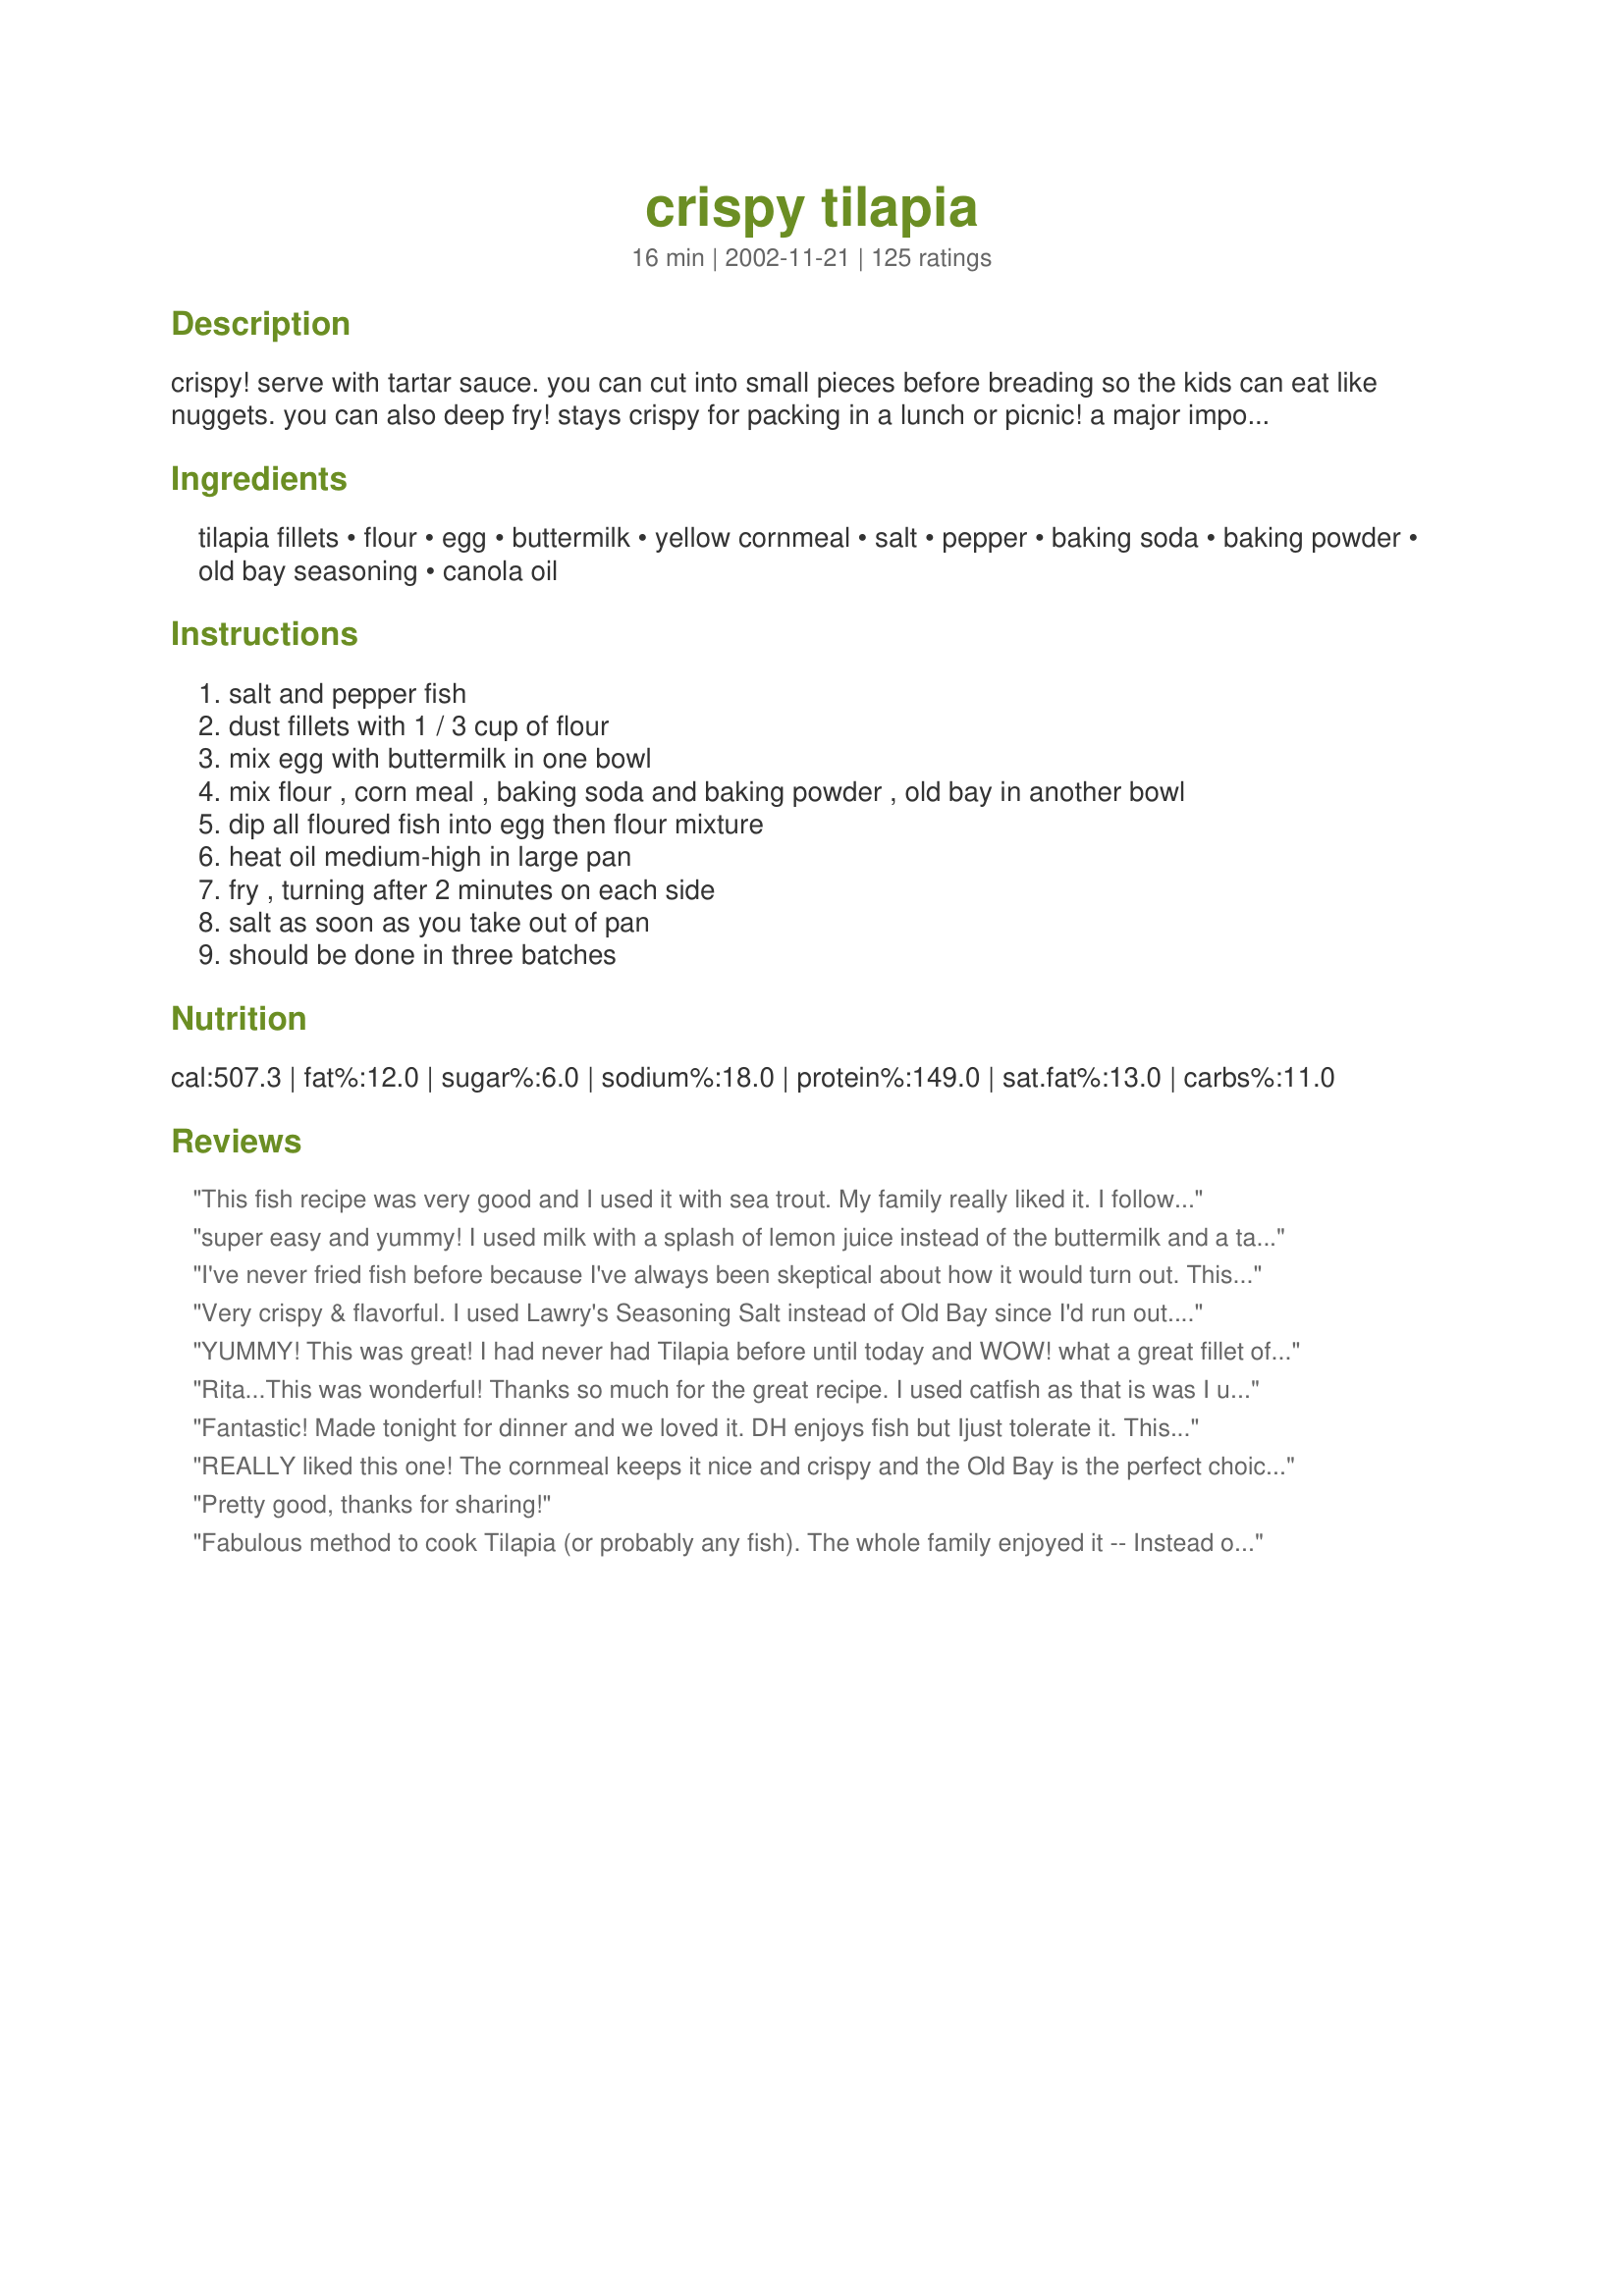
crispy tilapia
Preparation time: 16 minutes

crispy! serve with tartar sauce. you can cut into small pieces before breading so the kids can eat like nuggets. you can also deep fry! stays crispy for packing in a lunch or picnic!
a major importance in artisanal fishing in africa and the levant, and are of increasing importance in aquaculture around the world.

Ingredients:
tilapia fillets, flour, egg, buttermilk, yellow cornmeal, salt, pepper, baking soda, baking powder, old bay seasoning, canola oil

Steps:
salt and pepper fish, dust fillets with 1 / 3 cup of flour, mix egg with buttermilk in one bowl, mix flour , corn meal , baking soda and baking powder , old bay in another bowl, dip all floured fish into egg then flour mixture, heat oil medium-high in large pan, fry , turning after 2 minutes on each side, salt as soon as you take out of pan, should be done in three batches

Reviews:
This fish recipe was very good and I used it with sea trout. My family really liked it. I followed the directions except I forgot to salt the fish at the end. I will definitely be using this recipe again. Thanks, Rita L!
super easy and yummy! I used milk with a splash of lemon juice instead of the buttermilk and a table blend spice for fish instead of the Old Bay.
I've never fried fish before because I've always been skeptical about how it would turn out. This is a delicious recipe, and is easy to prepare after a long day of work. I didn't have buttermilk, so I added 1+1/2 teaspoons of lemon juice (can also use white vinegar) to 1/2 cup of milk. I let it sit for 5-10 minutes and then whisked in the egg. I also substituted vegetable oil for the canola. I was worried the fish didn't cook enough but once the outside was golden, the fish was perfectly flaky inside. My DH commented 3 times throughout the meal, how good it was...thanks for making me look like a good cook!
Very crispy & flavorful. I used Lawry's Seasoning Salt instead of Old Bay since I'd run out. Hubby enjoyed & I used leftover pieces for fish tacos. Nice not to have to deep-fry!! Will use again.
YUMMY! This was great! I had never had Tilapia before until today and WOW! what a great fillet of fish. My DH had never heard of the fish before but I had seen it in the store and never thought about buying it until I seen this recipe. I am so happy! I love seafood and this will be in my favorites from now on. Thanks so much for sharing your recipe with us here at Zaar.
Rita...This was wonderful! Thanks so much for the great recipe. I used catfish as that is was I usually use when I am frying fish and it turned out great. I made no changes to your recipe since it was perfect as is. I thank you and my husband thanks you. :-)
Hugs, Susie
Fantastic! Made tonight for dinner and we loved it. DH enjoys fish but Ijust tolerate it. This recipe, however, produced both a texture and flavor that I loved. I'd cooked 4 filets and DH asked, after eating his 2, if there were a couple more. Served with home made tartar sauce and a creamy noodle mix. We're planning a repeat of this already. Thanks Rita.
REALLY liked this one! The cornmeal keeps it nice and crispy and the Old Bay is the perfect choice for seasoning. Will make this one again and again. Thanks!
Pretty good, thanks for sharing!
Fabulous method to cook Tilapia (or probably any fish). The whole family enjoyed it -- Instead of tartar sauce, my husband squeezed a lemon wedge over his portion and just loved it! We will be making this again, definitely!
I absolutely love this recipe. I have made it many times and we enjoy it everytime.
The crust is wonderful. Can&#039;t wait to use it on Catfish! Thanks so much!
This was excellent. It's hard to beat a recipe that is so easy and quick to make. I had my oil just a little too hot so the cornmeal browned a bit too much but even at that, this was delicious. Thanks!
I've made this a couple of times and got rave reviews from the family! We love it and it's so easy!
Lovely fish! I'm not a big fan of corn meal, but this was really fantastic. I made the buttermilk from Buttermilk in a Pinch (#111833) and served this fish with Moroccan Herb Sauce (#97103), Indonesian Spiced Rice (#14639) and easy moroccan carrots (#71033). This went very well with the sauce...an explosion of flavor! Thank you, Rita!
What a delicious fish recipe. I loved the spices in the coating and the crunch of the cornmeal. I never pan fry fish, always bake, because too often the coating falls off. I had no problem with the coating falling off the fish with this recipe and loved the pan fried flavor! I used less salt, just a little (about 2 tsp) olive oil on the pan and used Old Bay Seasoning recipe #15562.
We really love this tilapia recipe! Yummy crispy fish! Easy to make, easy to ENJOY! Thanks for sharing!
This was wonderful. I used talapia nad cod fillets. Turned out crispy and tastey. Will be making again
Really nice combination of flavors. I left out the flour dusting but left everything else the same. Cooked up really nice and tasty. Real crisp on the outside and moist and flaky on the inside, just like we like it. Thanks for another great one Rita.
This was exactly what I was looking for! I had all the ingredients in the house with the exception of the buttermilk, which I substituted for evaporated milk. It was incredibly easy and super tasty. One I will use again and again! Thank you for sharing this recipe! LA :-)
This is great! I love the flavor. I expected it to be spicy with the Old Bay but it just had a nice flavor to it. I'll be sure to make this again. Thanks!
My whole family loved this fish! I used cod, and discovered at the last minute I was out of Old Bay! I added extra salt and a little ground mustard and celery salt and there were no complaints. Husband said it was great how it was and didn&#039;t need the Old Bay. Will definitely repeat this recipe, and I am looking forward to trying it with Old Bay the next time!
They had Tilapia on sale at the store so I gave this recipe a try as I love fish. Very easy to prepare, and came out very nicec crispy and delicious. Thank you and I apologize for the late coming review as this was prepared months ago. ;(
Very yummy. This fish was moist and juicy and I plan to use your advice and make a fish sandwich out of the leftovers for lunch today. :-) Thanks Rita!
Absolutely wonderful! My son would not stop raving about this fish. The coating was cruchy and the fish was moist. My parents came over the next day after I made this fish and it was still crispy. My mother said it was like something from a restaurant. Thank you so much for posting.
I loved the concept. I omitted the buttermilk and used Japanese panko (bread crumbs) instead because I wanted a lighter texture to the crust. I also sauteed the fish in olive oil and a tablespoon of butter instead. Seasoning the flour and then dipping the fillets in egg and the breadcrumbs sealed in the flavors. The way I did this before using just seasoned flour left most of the seasoning in the oil. Thanks for the recipe
Dasme, you`re problem was that you didn`t cook it at the right temp! If you did you`d see the crispyness that you were looking for! And I did post for correction to have the baking soda and baking powder to be added along with the flour at step #4.
This is almost exactly the way I make Tilapia and it always turns out awesome! Thanks for sharing it!
This was easy to make and delicious! I love things fried and and love fish, so it was a no-brainer that I would like it. My wife does not like fish. But she had seconds of this and some leftovers the following day! My 3 sons (8, 6, & 2 years old) loved it as well. Thanks for the great recipie!
I made this tonight and it was fabulous! DH said if I didn't post a comment, HE would! Didn't have Old Bay, so I used a tablespoon of Tony Chachere's seasoning. Terrific!
Yum!! My family loved it. I can attest to the fact that it is still good when reheated, I just had some for lunch. I didn't have any buttermilk, so I used the ol milk and lemon juice trick, still turned out great.
This was great! I served with homemade tartar sauce, mac and cheese, green beans, tomatoes and lemonade for a great summer supper. Even my 3 boys (ages 4, 2, and almost 1) gobbled this up! I wish I had made extra! The breading was very crisp and tasty, and it definitely needed that dash of salt at the end (I ommited the Old Bay seasoning since I didn't have any on hand and used a little garlic and onion powder instead), but this was perfect otherwise. Thanks so much fr posting- this is going into the keeper pile!
I am a good cook but cannot cook fish for my life! This was an excellent, easy recipe and my family loved it.
Rita, my family loved this and have requested that it be made again. My DH was sour on fish and all we have right now (low on groceries) is tilapia. I picked this to make (actually my DH made it) and it was a hit! Definitely a keeper (as said by my DH!) :) Great way to use my Old Bay. Thanks! UPDATE: We made this gf/cf by using Sorghum and coconut milk (for buttermilk). Also fried the cod in coconut oil about 1 minute longer each side.
I tried this at home with about two pounds of fish. With a wife, and two teen boys, let me say I was lucky to have a piece for myself. The only thing I did different was that I used Kentucky Kernel seasoned flour. A winner!
Really great. We don't usually put a batter on fish but I was looking for something to try out my homemade buttermilk on. I used salmon and it was so good. It would be a great way to make your own fish sticks too! Thanks for posting!
These were very crispy Rita! We all loved this fish...thanks for posting!
This was truley OUTSTANDING!!! I made this two days in row. We had leftovers for dinner but I ate them for lunch the next day and then made another batch for dinner. Thank you for a basic recipe for all fish YUMMO.
WOW... this got my entire family (including the picky 4 year old) to devour fish! It's so easy to make and really delicious. We plan to make this over and over again!
This is by far the best fish recipe I have tried from Zaar so far. The fish was crispy on the outside, but tender on the inside, and the spice mixture was perfect. I wish I could rate it higher! Even my DH who detests seafood tried it and declared it awesome. Thank you so much for sharing it.
I made this recipe following your ingredient list with only one change. I didn't have any Old Bay Seasoning so I used Tony Chachere's Cajun Seasoning instead. I was amazed at how crispy and delicious this breading was by pan frying. Great recipe and great tasting fish. Thank you Rita!
I followed this recipe exactally. It was just the ticket for a Friday night. 
Easy to do and the whole family loved it. Thank you!
Very good and easy too. Used Recipe #297404 instead of the Old Bay. Totally forgot the baking soda/powder and only used an egg no buttermilk, sauteed in olive oil and it turned out perfect and crunchy.
i have made this recipe at least 3 times now,and it just gets better and better each time.when i made it this last time i "double coated"the fish and i liked it even better. thanks again for posting.
Perfect as is, I changed the Old Bay seasoning to a creole one and it was great. Super quick and easy to make. 2 minutes was perfect cooking time. I did not add the extra salt, I love salt but after reading other reviews I decided to skip the extra salt.
I thought this was very good. Followed directions except used milk w/ lemon instead of buttermilk. Fish was crispy and flavor was excellent. Will make again! Thanks for posting the recipe.
We tried this &amp; it&#039;s a WINNER in this family, tried it with Cole Slaw yummmmy
Id give it 10/10!!! This was awesome, much better than the store bought mixes. I didnt have any butter milk, so I used 1/2 TBS lemon juice to 1/2 cup reg. milk. I browned it in the fry pan and finished it off in the oven at 450 deg. Served with tarter sauce, the kids loved it

kw
This made some very crispy and tender fish! In lieu of Old Bay, I used about 1 T. of the seasoning mix called for in recipe #99709 Baked Tilapia with lots of spice (the seasoning is the first ingredient through Italian Seasoning). Thanks for sharing!

http://www.recipezaar.com/Baked-Tilapia-With-Lots-of-Spice-99709
Made this recipe the other night and it was very good. Crispy on the outside and seasoned well. This recipe is a keeper. Thanks for sharing it.
We're from the South, so we know our fried fish, but I'd never made it from scratch before. I actually used catfish, because that's what I had available, and it was really really really good - crispy outside and juicy and flavorful inside. Thanks so much, Rita!
This was really good. I enjoyed how crispy the outside became and I didn't have to deep fry. I ended up using bread crumbs instead of cornmeal--mine ended up needing to be thrown out. It was fast and very good. Thanks for a really great fish recipe!
I used this recipe but on catfish as that was what I had on hand. I loved it! I did have to be careful of the temp of my oil because it wanted to burn but it turned out crispy and flavorful as I had hoped. Also, I didn't have Old Bay so I used Cajun seasoning, which I prefer anyway. Did not add any extra salt at the end either...didn't need it. A squeeze of lemon and this was perfecto!
I made this recipe as written. It waw a very crispy and flavorful fish. Pretty easy to make. 

Thanks Rita L. 

Bullwinkle.
I have a number of tilapia recipes, and this one is my new favorite! The title is perfect as the crust is very crispy and crunchy. My husband and I thought it was delicious (and it takes alot for me to rate something as delicious). I will definitely be making this again, but with one small change: I won't salt after the fish comes out of the pan since it came out a tad too salty for us. Thanks for the great recipe, Rita L.
What a great recipevery crispy; will be making this one again! thank you for sharing;I could cook all the time just using your recipes! thanks again,
Rita
excellent! I used more oil than the recipe, in a cast iron pan. 3 minutes per side. The Old Bay is the secret!
This was my first attempt at Tilapia and this was very tasty. I used non-fat yogurt instead of buttermilk and omitted the salt. I had a hard time keeping the coating on the fish. I may try baking it the next time.
Crispy without deep frying! Love that! Great flavor and simple, easy, fast recipe! Great for weeknights. I added a little Tabasco to the buttermilk- a little trick I learned long ago. Doesnt make it HOT just adds a nice touch. 

This was FANTASTIC! Thanks Rita!
Very crispy & tasty. My whole family loved it! I divided the recipe & used only 1 lb of tilapia to serve 2 adults & 2 children.
I baked these instead of frying it. I liked it but my 1 and 4 year olds won't eat it.
I loved this! The crust was really crispy and flavorful. My 2 1/2 year old son gobbled it up too! Great recipe!!
Loved it. Since DH and I live in rural and I mean rural Missouri the selection of fish is limited. However, Tilapia and catfish is usually available, even fresh and I'm always looking for a different and easy ways to prepare them. Your recipe filled the bill. The only change I made was to use peanut oil for the frying due to the fact I was out of Canola oil. Thanks for sharing will make again.
I have no idea what tilapia translates to in my native language, so I just bought what I presume are sole fillets. Since my kids do not like cornmeal, I used panko. They RAVED about your fish. Absolutely loved it. My only regret now is that I only bought 1 tiny bottle of old bay seasoning while I was abroad. ( we don't have them here). Thank you so much for this recipe.
Crispy is right! I loved the use of Old Bay and found this recipe really use to make. I use cod instead of tilapia, but it was still really good. I will make this again soon!
This was wonderful. My picky kids, would normally won't TOUCH fish, loved it (especially my 3 year old!). That automatically makes it a keeper. I pan-fried the fish, wish was much easier and faster than using our deep fat frier. The batter was perfect, the methods were easy and it was all from things I already had in my pantry. YUM. I'm going to try it next week with some fresh crappie that my dad caught recently, and looking forward to it. Thanks so much for posting!
This was my first attempt at cooking a fish besides salmon from scratch. It turned out SO good!!! We loved it. The fish was moist, tender and very flavorful. The coating worked very well. I had no trouble getting it to stick. My store didn't sell Old Bay so I bought Chesapeake Bay Seasoning instead. Since I wasn't sure how it would compare, I cut the amount in half. I will be making this dish again as it is a 10 star recipe! Thanks Rita!!
This is by far the best fish recipe I have made yet! DH and I are not huge fish fans, but I try to make it every once in awhile because it is healthier. This is our favorite fish recipe now -- thanks for sharing!
In an attempt to remove fried food from my diet I tried this. VERY GOOD! Everyone loved it and we will be making it again, Thanks.
Easy, quick, family loved it!
Another 5 stars! Very good....didn't change a thing. I will be using this for the catfish that we plan on catching this summer. Thanks for a great recipe.
I really liked this recipe, I used 1% milk instead of the buttermilk and we still gave it 5 stars.
Outstanding recipe--I'd give it 10 stars if I could. I served this with Tartar Sauce recipe #138647 (also outstanding) which complemented this fish so perfectly. DH could hardly get enough--kept going back to the kitchen for "just one more bite." I didn't have buttermilk so made the substitution recommended by others and that worked just fine. I used my flour shaker to dust the fillets with flour & because of being interrupted by a phone call, that sat on the fish for about 20 minutes before I got back to it. It seemed to help the crust stick much better by having the egg/milk dip adhere more to the fish. I recommend it if you have the time. Thanks Rita for sharing a great recipe
Very good & easy. My family has already requested this again. I couldn't find my cornmeal, so I substituted 1 Cup of Jiffy Cornbread Mix in place of the cornmeal & flour. I also sprinkled some lemon juice over the fish before dusting it with flour. Thank you for posting!
Visions of fried fish, shrimp and oysters danced in my head. Used on tilapia, but can easily see it used on other seafood species.
Rita, the fish is delicious,I made it just like the Recipe, nice & crispy and not hard to make. Frist time we had Talipia, It s very good. The Recipe is a keeper.
tasty and simple, this is a keeper
I joined just so I could rate this recipe. My husband and two sons loved it, which definitely makes it a make again. Delicious!
This recipe was great. The whole family enjoyed it and had second's and one son had thirds lol I followed the recipe exactly but I did double the flour mixture. Rita thank you for a recipe that will be made again. Highly recommended.
Fantastic
My first time frying fish and it was heavenly! I couldn't stop eating it as I was making it! EVERYONE LOVED IT. Still out of this world good the next day. I wanted to make it again as soon as there was none left. Now you know that's saying something :)
My husband hates fish...and he said I could make this at least once a week. Wow! Great recipe, easy to make, and a real pleaser! Thanks!!
Well It's good I'll admit that, but how this made it into the low-fat/calorie category I'll never know. flour/buttermilk/egg/fried in oil.
Made this for the family tonight and even my picky 4 year old ate it.

I'm always looking for new ways to cook Tilapia, and this is the best I've found so far. Will definitely make again, in fact I'm looking forward to leftovers tomorrow!

The only issue I had (which was my frying inexperience) was the bredding coming off because the pan was too hot and it was sticking. Otherwise things went well! I also used extra virgin olive oil for frying.

YUM!
I need to try this, again because I must've done something wrong. This was my first time cooking Tilapia. It took a lot longer than 4 minutes to cook. The breading fell off and the fish broke apart when I tried to put it on the plates. I wasn't crazy about the breading; it was okay but not great...just a personal preference. My hubby and stepson enjoyed it and said they'd eat it, again. Thanks for the recipe, Rita. Practice makes perfect, so I'll give it another shot.
This is the first time I've prepared tilapia and I have to say that your recipe is EXCELLENT! I followed the directions exactly and everyone loved it! All my guests wanted the recipe. I will definitely be making this again. Truly a great way to prepare fish!
Very nice breading recipe. Stays crisp just as described! I served it without the tartar sauce and it was lacking. My fault!
Very moist. Will definately make again
Awesome fish! The cornmeal really makes it nice and crunchy. Your house does kind of smell fishy for a while but that happens anytime you fry fish. Thanks!
I am going to give this a 4, because while I felt the breading was just lovely, no one at my house would eat more than a bit! Tilapia must not be a favorite of ours. I would make this again with a more mild fish fillet.<br/>No, as for the breading, I was amazed! I have never had fish come out lookiing so appetizing! It was impossible to mess up and I think I will try it with pork or chicken to see how it turns out. With different seasonings of course :)
This was DELICIOUS! I like fish & chips, so I cut mine into smaller pieces and deep fried them in Canola Oil in batches for about 4 minutes. I didn't have Old Bay so I added Lemon Pepper Seasoning in it's place and they were great! They were crispy on the outside and nice and flaky on the inside. Wonderful recipe! I can't wait to make it this again! Thank you Rita!!!
This was very good. Nice and crispy. I didn't have any buttermilk, so I used half and half. It was very easy to prepare.
This is a wonderful recipe. It was crispy and no fishy flavor. I put it in the oven @ 350 just to make sure it was cooked through for 10 min. Kids didn't even whine that it was fish.
This turned out just great! I did make one substitution, fresh toasted bread crumbs for the cornmeal. My wife, who really has to be convinced to eat fish went for seconds and really surprised me. I'll sure make this one again!
DELICIOUS!!! This was my first time making Tilapia and this recipe is awesome. I didnt have any cornmeal so I just omitted it. Thanks so much, I will definately use this recipe again :)
Since I recently discovered tilapia, I've been experimenting with different recipes. This one will definitely be repeated! I used Mrs Dash Original Seasoning Blend as Old Bay isn't available in Canada.. I followed the directions precisely ..... except I forgot to salt right afterwards ........ I won't forget next time! The fish was perfect - crispy/crunchy outside and, aside from the salt, just the right amount of spice. Thanx Rita!
Great recipe!!! Was a wonderful way to serve fish...no fishy taste and crispy...
Excellent recipe. Spices perfect and the three step breading really worked well.
Yum! My DH and his friend raved over this fish. I love the Bay seasoning flavor! I served it up with Mom's Tarter Sauce by Homegirl,cole slaw, and some sauteed potatoes. Thanks for a delicious dinner.
I had some "CREMA MEXICANA" on hand, so i substituted that for the buttermilk, and it worked out just fine. The crust came out light and crispy. My husband who says he doesn't like fried fish said it was really good, and asked for seconds. Thanks for a great recipe!
Love this yummy tilapia recipe. I prefer to half the Old Bay and 1/2 tsp salt, 1/2 tsp pepper.
Fantastic Rita! I served this with MysteryGirl's tartar sauce. I only used 2 lbs tilapia but kept all the other measurments the same. The 2 lbs used up everything. I will definitly make these again. Hope you like the picture!
very easy and tasty. we love anything with old bay in it. I too did NOT salt after taking the fish out of the oil, I think the old bay adds enough.
My new favorite fish recipe. I&#039;ve decided that we need to start eating more fish so I bought 3 1/2 pounds of tilapia at Costco. Just didn&#039;t know what to do with it! Well, this recipe caught my eye, so I made it tonight and my entire family absolutely loved it!! I did everything exactly the way it was written, except that I didn&#039;t add more salt at the end. We had it with rice and asparagus, and my two 10-year-olds ate every bite. The crust stayed on the fish, it was moist and flaky on the inside and crispy on the outside. Perfect! Thank you very much!
The fish did stay very crispy and the texture of the coating was very good. The problem is the Old Bay. I like Old Bay, but in this recipe it was overpowering. I would more than half the amount of Old Bay next time. (Follow-up: I made it with less Old Bay and it was just bland. This recipe is just missing something.)
This was actually really good. I have another batter I like to use for fish so I think I will alternate the two. I actually made half of the fish with this one and the other half of the fish with the other batter last night. My husband deep fried these and used peanut oii, and we also did not sprinkle the salt on after it was fried, because I had salted it in the actually batter. Thanks for a great recipe!
We had this for dinner yesterday. It was excellent. Very quick and easy to fix. I had a little trouble with the breading coming off but it was great! Served it with a quick coleslaw. Thanks for the recipe.
This was VERY good fish !!! I liked the light , crispy coating . I was not crazy about the Old Bay seasoning in this (just my personal preference). I am looking forward to this tasty , easy , fish again !
This is my "go-to" tilapia recipe. My BF, who doesn't like eating the same thing too often requests this weekly! I usually only use 4 fillets and cut the rest of the ingredients accordingly. Also, instead of buttermilk, I mix 1/4 c. skim milk and 3/4 tsp. lemon juice or vinegar and let is stand for 10 minutes. (Apparently some reviewers are quite perturbed about the nutrition, so they might want to try that.) Other than that, we don't change a thing. Wonderful recipe!!
OK Rita. I'll give it another try and let you know how it turns out.
Very good. I used a thick piece of striper instead of tilapia. As I fried the pieces in a cast iron skillet, the breading was beautiful. After I got the fish on the plates, the fish could be pulled right out of the breading. So I guess.. all in all.. it was a perfect situation. Those that would rather cut calories and still have a piece of delicious fish can do so, while those who like the breading can have it their way, too! 
The Old Bay seasoning that I used was one tablespoon of regular Old Bay and another tablespoon of the Old Bay Blackening seasoning. It was very good. Not overpowering at all. I'm sure any fish would be delicious using this recipe.
This was wonderful freshly made and even the next day cold after the leftovers spent the night in the fridge. We didn't have OId Bay so I used half as much of regular seasoning salt and we loved it! This would be great for a picnic. The cornmeal and baking soda/baking powder combo really do help the fish to maintain it's crispy texture after cooking. We'll be making this one again!
This is so good. Our whole family loved this. My 4 year old nephew is living with us right now and he ate his entire filet! (thats a big deal, as he eats like a bird). I will most definately make these again, they were so good, and easy too! Thank you so much for sharing this with us, we loved it.
It's hard for me to rate it, as I just used this as a base recipe, as I found out i didn't didn't have a few of the ingredients midway through. I used breadcrumbs instead of corn meal and a random seasoning instead of Old Bay. One thing i just wanted other people to watch for was salt. I kind of forgot there would be salt in the seasoning and I still seasoned more on top of That and it got pretty salty.
Oh, Rita, this was spectacular! Very nice and crispy and crunchy. Perfect with lemon and tartar sauce. BF is paranoid about meat being undercooked (raised vegetarian) so he made me stick these in the oven for about 5-10 minutes to "be sure". Luckily, they stayed crispy, tender and wonderful! I would definitely make this again and make this method my standard for frying fish. Thanks for posting.
Very good, even the picky four year old ate it. We are not big fish fans, but we love crappie, and this was identical.
This was my first tilapia cooking experience and it was very successful! I made this using just one pound of tilapia fillets. We LOVED the coating and I plan on mixing it in bulk to use as a quick, after-work method of cooking fish. The Old Bay was the key, I think....the scent of it brought my computer-gaming husband out of the basement to see what was going on! Tilapia is so plentiful and affordable these days so I'm planning on making this many more times. Thanks for posting this wonderful recipe Rita :)
I started the fish and realized that I didn't have an old bay, so I mixed paprika, salt, and pepper. It still tastes pretty good, but I will have to try it with old bay... just to compare the two. I also put some lemon juice on them after they were slightly cooled. My husband enjoyed them alot and he doesn't like fish.
Even my fussy friend who doesn't like fish thought this was great, and it is! It's now a regular, thanks for an easy, crispy, tasty recipe!
I'm not a fish lover, but have been trying to eat healthier so I gave this a try. Very good! Nice, crispy texture. I didn't have Old Bay, so I added just a little cayenne pepper, garlic, and cajun seasoning. I fried the tilapia a few minutes on each side and then put it in the oven to finish because it wasn't cooked through.
Great recipe, easy to follow. I used trout and the kids liked it. High praises, considering they only love carb. Thank you.
I have never tried Tilapia before. I am so glad this was the first recipe that I tried. The flavor was great. It did not taste fishy at all. I used 1/2 & 1/2 like another reviewer, because I didn't have buttermilk. I plan to make this again and again. It's a quick & easy dish for after work. Thanks, Rita L for posting
Amazing! Everyone in my family LOVED it. So did I. I didn't have buttermilk, so I just used regular milk and the flavors were still amazing! Can't wait to try it with buttermilk. Thanks for this amazing recipe
Very good recipe & quick, we will make this one again - thanks!
Crispy and delicious! I used 1% milk instead of buttermilk. My husband, who isn't a big fan of fish, really liked it too.
